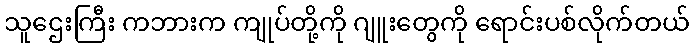
သူဌေးကြီး ကဘားက ကျုပ်တို့ကို ဂျူးတွေကို ရောင်းပစ်လိုက်တယ်